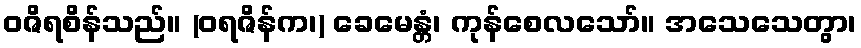
ဝဇိရစိန်သည်။ (ဝရဇိန်က၊) ခေမေန္တံ၊ ကုန်စေလသော်။ အသေသေတွာ၊